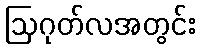
ဩဂုတ်လအတွင်း